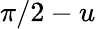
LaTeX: \pi/2-u